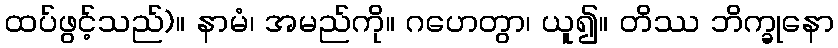
ထပ်ဖွင့်သည်)။ နာမံ၊ အမည်ကို။ ဂဟေတွာ၊ ယူ၍။ တိဿ ဘိက္ခုနော